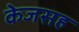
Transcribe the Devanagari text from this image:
केजसह